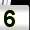
Digit: 5